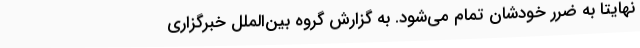
نهایتاََ به ضرر خودشان تمام می‌شود. به گزارش گروه بین‌الملل خبرگزاری